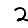
Digit: 2